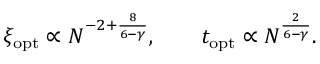
\xi _ { \mathrm { { o p t } } } \propto N ^ { - 2 + \frac { 8 } { 6 - \gamma } } , \qquad t _ { \mathrm { { o p t } } } \propto N ^ { \frac { 2 } { 6 - \gamma } } .